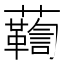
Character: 𧄛